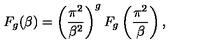
F _ { g } ( \beta ) = \left( \frac { \pi ^ { 2 } } { \beta ^ { 2 } } \right) ^ { g } F _ { g } \left( \frac { \pi ^ { 2 } } { \beta } \right) ,